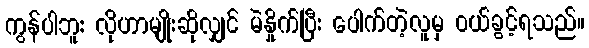
ကွန်ပါဘူး လိုဟာမျိုးဆိုလျှင် မဲနှိုက်ပြီး ပေါက်တဲ့လူမှ ဝယ်ခွင့်ရသည်။